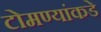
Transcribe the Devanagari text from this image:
टोमण्यांकडे